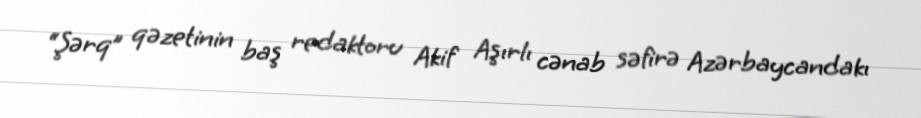
“Şərq” qəzetinin baş redaktoru Akif Aşırlı cənab səfirə Azərbaycandakı